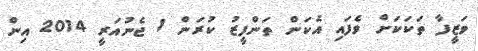
ވަޒީފާ ތަކަކަށް ވެފައި އެކަން ތަންފީޒު ކުރަން 1 ޖެނުއަރީ 2014 އިން